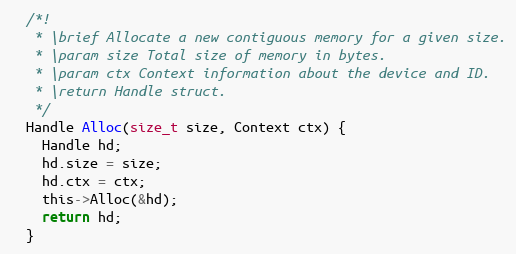
Language: C
  /*!
   * \brief Allocate a new contiguous memory for a given size.
   * \param size Total size of memory in bytes.
   * \param ctx Context information about the device and ID.
   * \return Handle struct.
   */
  Handle Alloc(size_t size, Context ctx) {
    Handle hd;
    hd.size = size;
    hd.ctx = ctx;
    this->Alloc(&hd);
    return hd;
  }